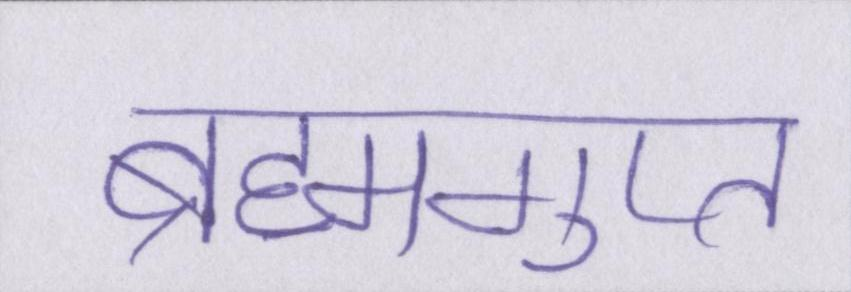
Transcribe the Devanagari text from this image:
ब्रह्मगुप्त